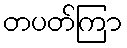
တပတ်ကြာ